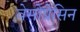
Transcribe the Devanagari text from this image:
वेसोप्रेसिन